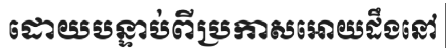
ដោយបន្ទាប់ពីប្រកាសអោយដឹងនៅ